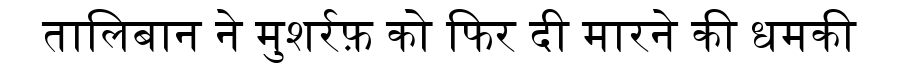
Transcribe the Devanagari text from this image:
तालिबान ने मुशर्रफ़ को फिर दी मारने की धमकी